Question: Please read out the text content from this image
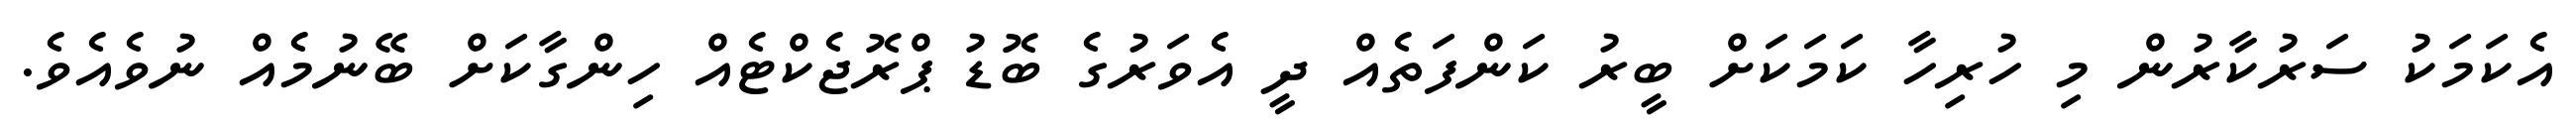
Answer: އެކަމަކު ސަރުކާރުން މި ހުރިހާ ކަމަކަށް ބީރު ކަންފަތެއް ދީ އެވަރުގެ ބޮޑު ޕްރޮޖެކްޓެއް ހިންގާކަށް ބޭނުމެއް ނުވެއެވެ.